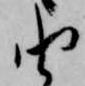
由